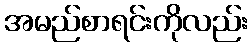
အမည်စာရင်းကိုလည်း